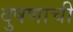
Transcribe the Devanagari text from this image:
दुषणाची